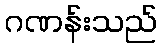
ဂဏန်းသည်